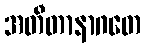
အတီတာနာဂတေ